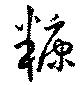
糠